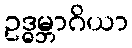
ဥဒ္ဓမ္ဘာဂိယာ